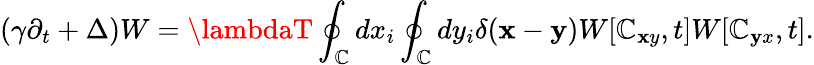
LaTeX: \left(\gamma\partial_{t}+\Delta\right)W=\lambdaT\oint_{\mathbb{C}}^{}dx_{i}\oint_{\mathbb{C}}^{}dy_{i}\delta({\mathbf{x}}-{\mathbf{y}})W[\mathbb{C}_{\mathbf{x}y},t]W[\mathbb{C}_{\mathbf{y}x},t].